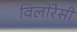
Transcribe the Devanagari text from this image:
विलोरेसी